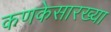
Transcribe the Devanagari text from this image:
कणकेसारख्या